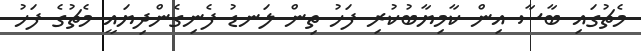
މެޗުގައި ބާސާ އިން ކާމިޔާބުކުރި ފަހު ތިން ލަނޑު ފެނިގެންދިޔައީ މެޗުގެ ފަހު